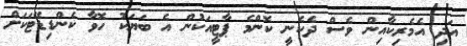
އަދި އެމެރިކާއިން ވެސް ދެކެނީ ކޮންމެ ޕާޓީއަކުން އެ ބަޔަކު ހޮވާ ކެންޑިޑޭޓަކަށް